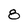
Character: 8